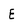
Character: E